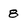
Character: 8